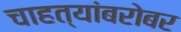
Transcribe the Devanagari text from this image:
चाहत्यांबरोबर